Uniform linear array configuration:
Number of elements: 4
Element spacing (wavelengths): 0.75
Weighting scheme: cosine
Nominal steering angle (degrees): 60
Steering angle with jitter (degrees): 60.156
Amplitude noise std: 0.05
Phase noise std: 0.05

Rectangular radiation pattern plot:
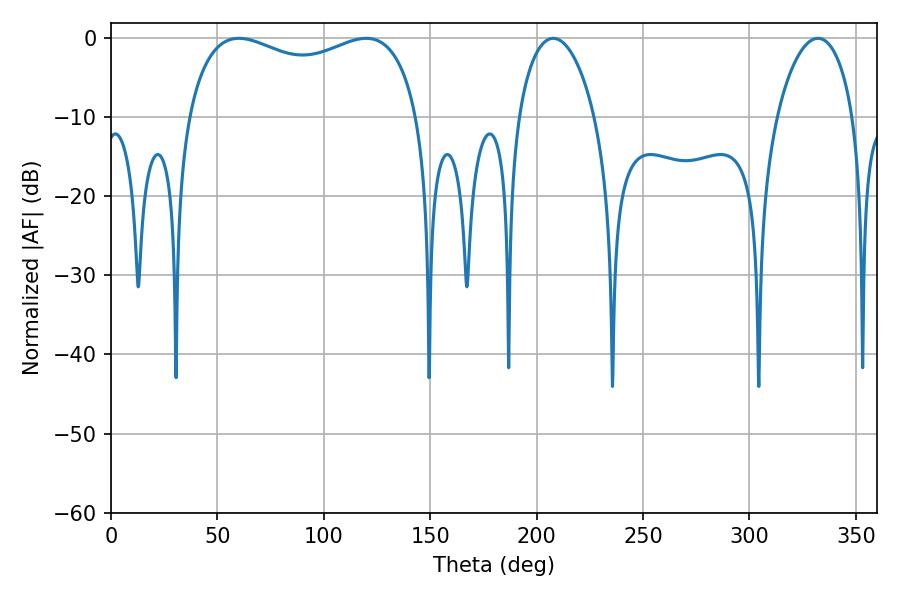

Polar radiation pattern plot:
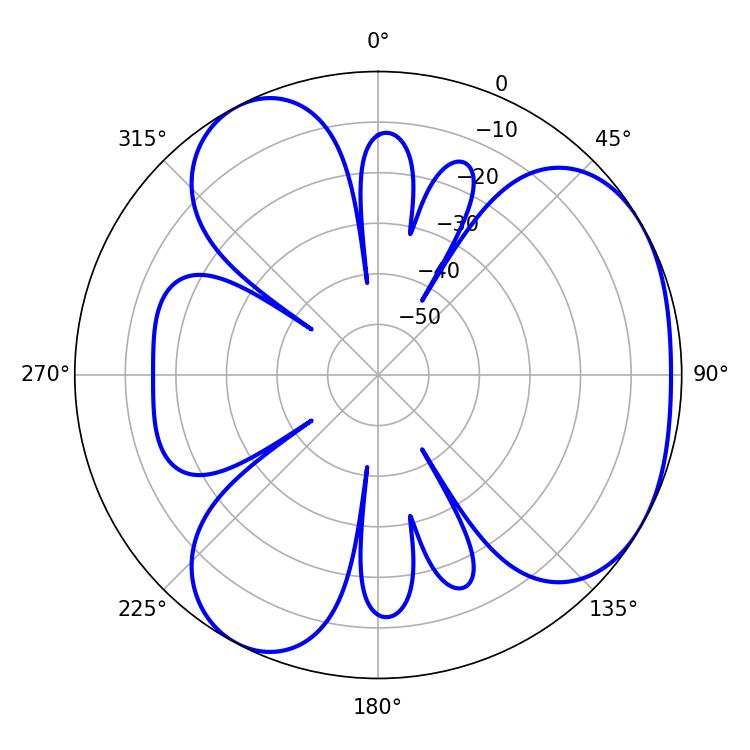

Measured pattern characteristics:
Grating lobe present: TRUE
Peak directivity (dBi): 3.943
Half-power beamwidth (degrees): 89.64
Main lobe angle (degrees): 60.12